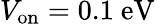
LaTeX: V_{\mathrm{on}}=0.1\ \mathrm{eV}